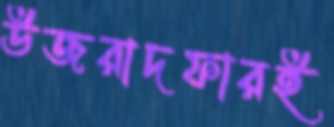
উজরাদফারই